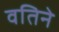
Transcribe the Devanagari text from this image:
वतिने